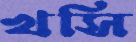
খসি